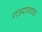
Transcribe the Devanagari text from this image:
राज्याजवळ